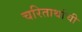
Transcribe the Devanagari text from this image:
चरितार्थाची